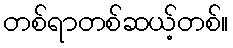
တစ်ရာတစ်ဆယ့်တစ်။